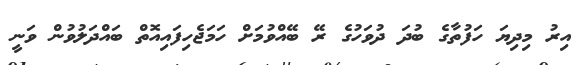
އިރު މިދިޔަ ހަފުތާގެ ބުދަ ދުވަހުގެ ރޭ ބޭއްވުމަށް ހަމަޖެހިފައިއޮތް ބައްދަލުވުން ވަނީ